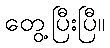
တွေ့ပြီးပြီ။